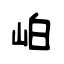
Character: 岶